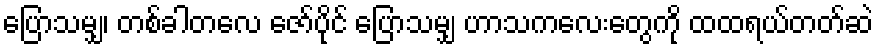
ပြောသမျှ၊ တစ်ခါတလေ ဇော်ပိုင် ပြောသမျှ ဟာသကလေးတွေကို ထထရယ်တတ်ဆဲ